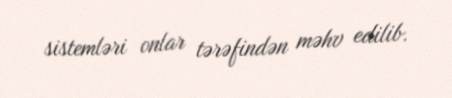
sistemləri onlar tərəfindən məhv edilib.